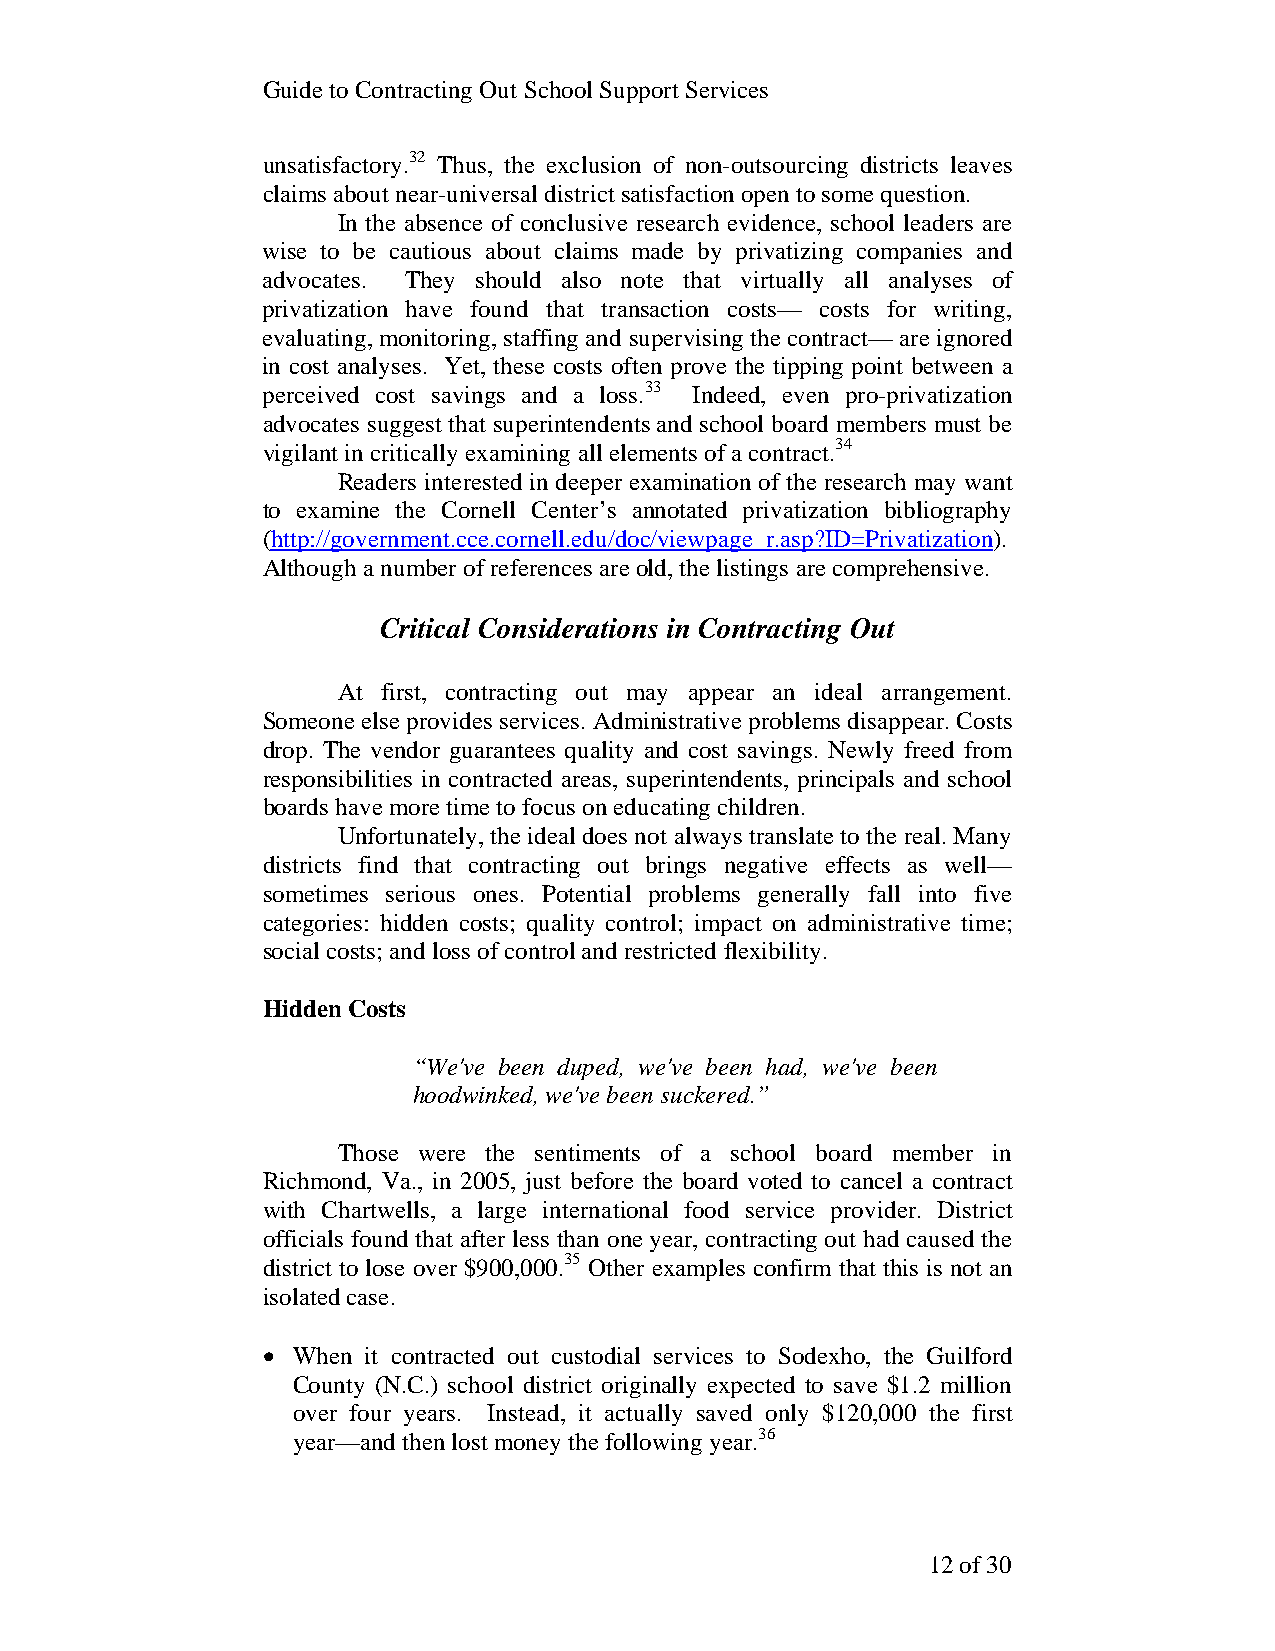
Guide to Contracting Out School Support Services
 unsatisfactory.32 Thus, the exclusion of non-outsourcing districts leaves
 claims about near-universal district satisfaction open to some question.
 In the absence of conclusive research evidence, school leaders are
 wise to be cautious about claims made by privatizing companies and
 advocates. They should also note that virtually all analyses of
 privatization have found that transaction costs— costs for writing,
 evaluating, monitoring, staffing and supervising the contract— are ignored
 in cost analyses. Yet, these costs often prove the tipping point between a
 perceived cost savings and a loss.33 Indeed, even pro-privatization
 advocates suggest that superintendents and school board members must be
 vigilant in critically examining all elements of a contract.34
 Readers interested in deeper examination of the research may want
 to examine the Cornell Center’s annotated privatization bibliography
 (http://government.cce.cornell.edu/doc/viewpage_r.asp?ID=Privatization).
 Although a number of references are old, the listings are comprehensive.
 Critical Considerations in Contracting Out
 At first, contracting out may appear an ideal arrangement.
 Someone else provides services. Administrative problems disappear. Costs
 drop. The vendor guarantees quality and cost savings. Newly freed from
 responsibilities in contracted areas, superintendents, principals and school
 boards have more time to focus on educating children.
 Unfortunately, the ideal does not always translate to the real. Many
 districts find that contracting out brings negative effects as well—
 sometimes serious ones. Potential problems generally fall into five
 categories: hidden costs; quality control; impact on administrative time;
 social costs; and loss of control and restricted flexibility.
 Hidden Costs
 “We've been duped, we've been had, we've been
 hoodwinked, we've been suckered.”
 Those were the sentiments of a school board member in
 Richmond, Va., in 2005, just before the board voted to cancel a contract
 with Chartwells, a large international food service provider. District
 officials found that after less than one year, contracting out had caused the
 district to lose over $900,000.35 Other examples confirm that this is not an
 isolated case.
 • When it contracted out custodial services to Sodexho, the Guilford
 County (N.C.) school district originally expected to save $1.2 million
 over four years. Instead, it actually saved only $120,000 the first
 year—and then lost money the following year.36
 12 of 30